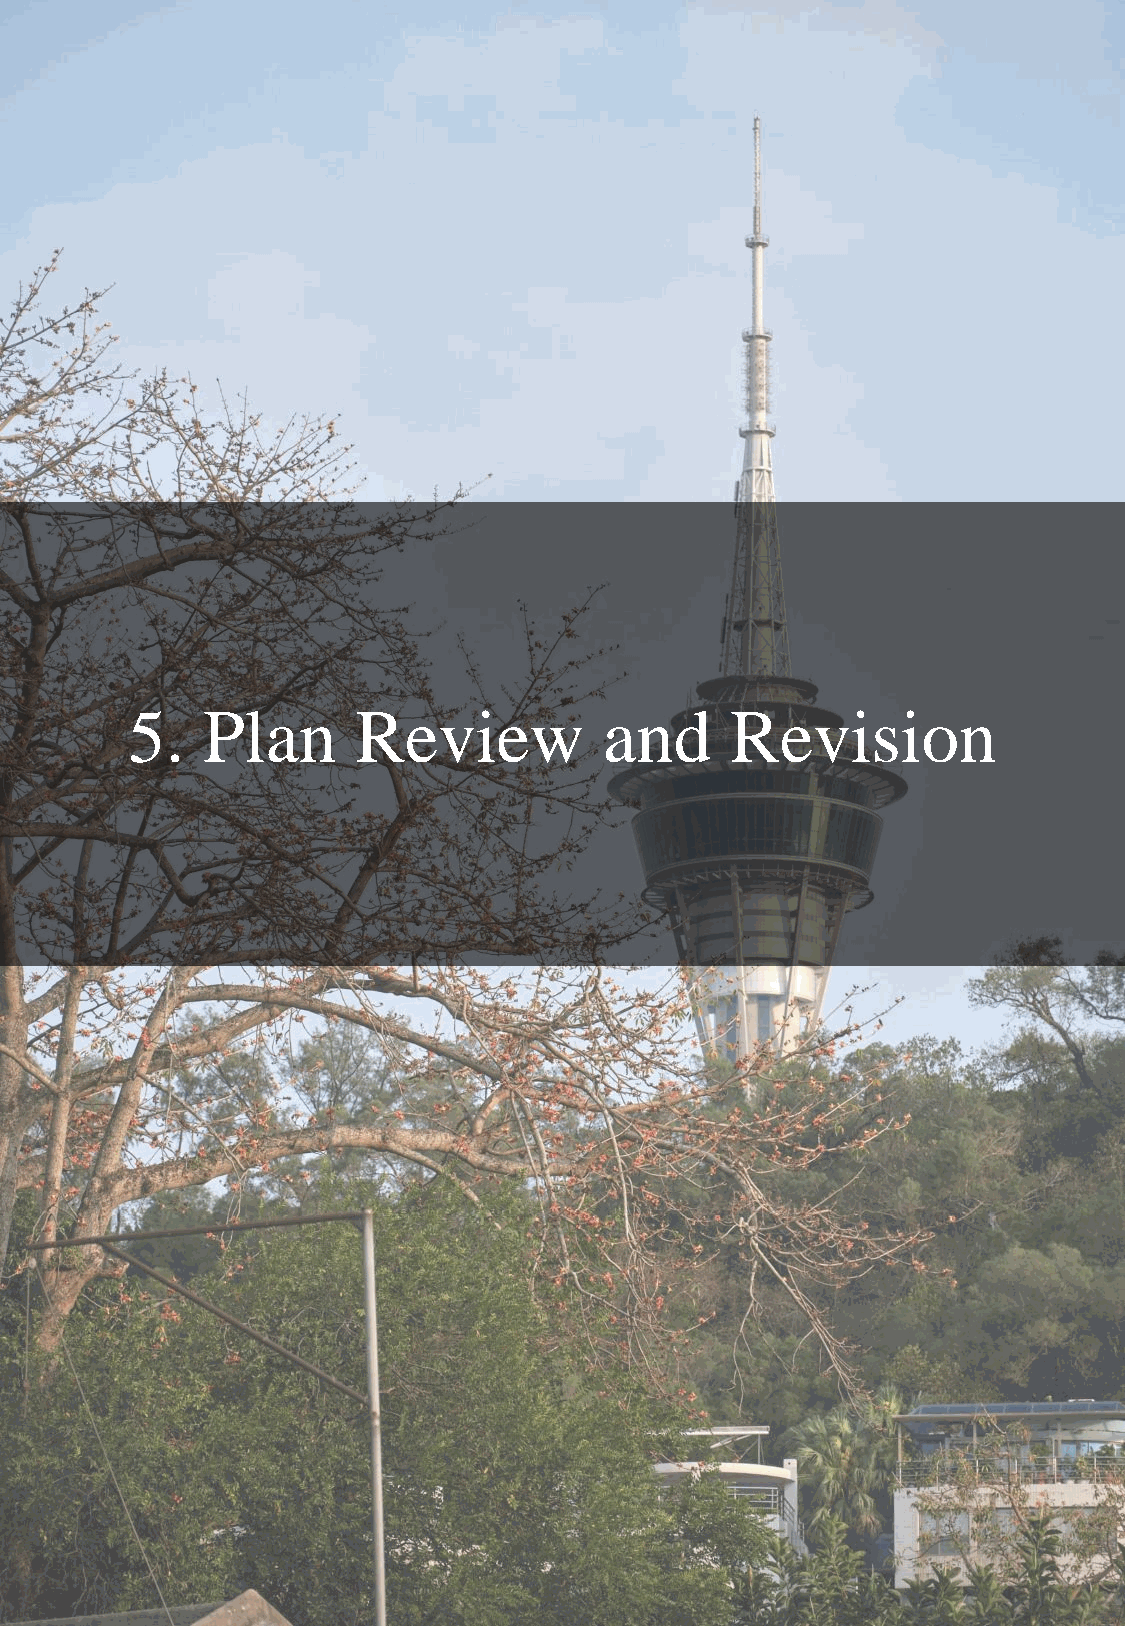
5.   Plan       Review          and     Revision